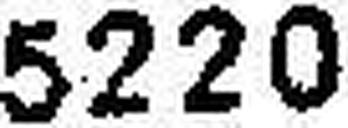
5220